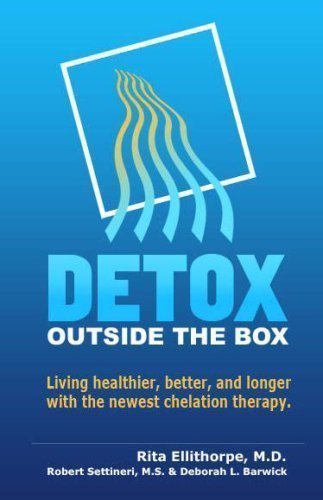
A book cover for Detox Outside the Box; Rita Ellithorpe; Health, Fitness & Dieting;